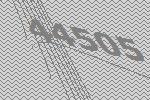
44505